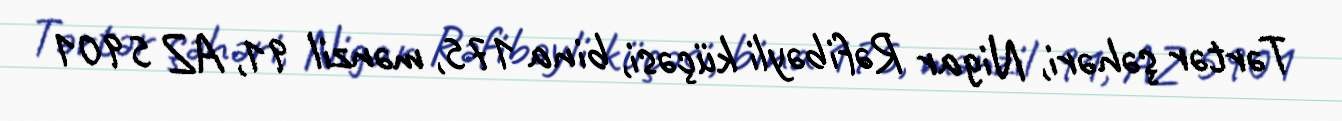
Tərtər şəhəri, Nigar Rəfibəyli küçəsi, bina 175, mənzil 91, AZ 5901